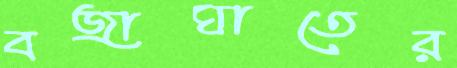
বজ্রাঘাতের